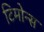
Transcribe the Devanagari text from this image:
टिमोन्स